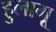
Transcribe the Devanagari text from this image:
हुलागू